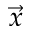
\vec { x }